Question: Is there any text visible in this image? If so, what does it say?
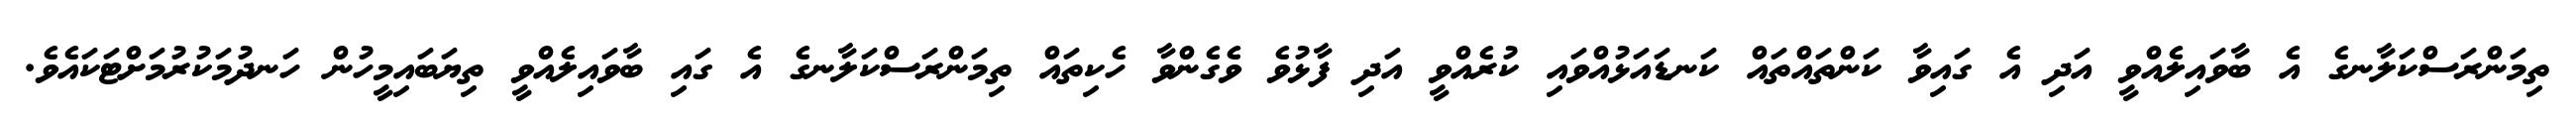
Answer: ތިމަންރަސްކަލާނގެ އެ ބާވައިލެއްވީ އަދި އެ ގައިވާ ކަންތައްތައް ކަނޑައަޅުއްވައި ކުރެއްވީ އަދި ފާޅުވެ ވެގެންވާ ހެކިތައް ތިމަންރަސްކަލާނގެ އެ ގައި ބާވައިލެއްވީ ތިޔަބައިމީހުން ހަނދުމަކުރުމަށްޓަކައެވެ.